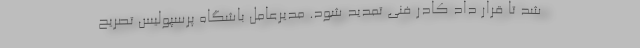
شد تا قرار داد کادر فنی تمدید شود. مدیرعامل باشگاه پرسپولیس تصریح